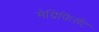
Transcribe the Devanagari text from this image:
मेग्निफिसेंट